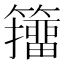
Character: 籒